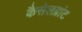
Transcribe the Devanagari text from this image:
कैसेलब्रांट